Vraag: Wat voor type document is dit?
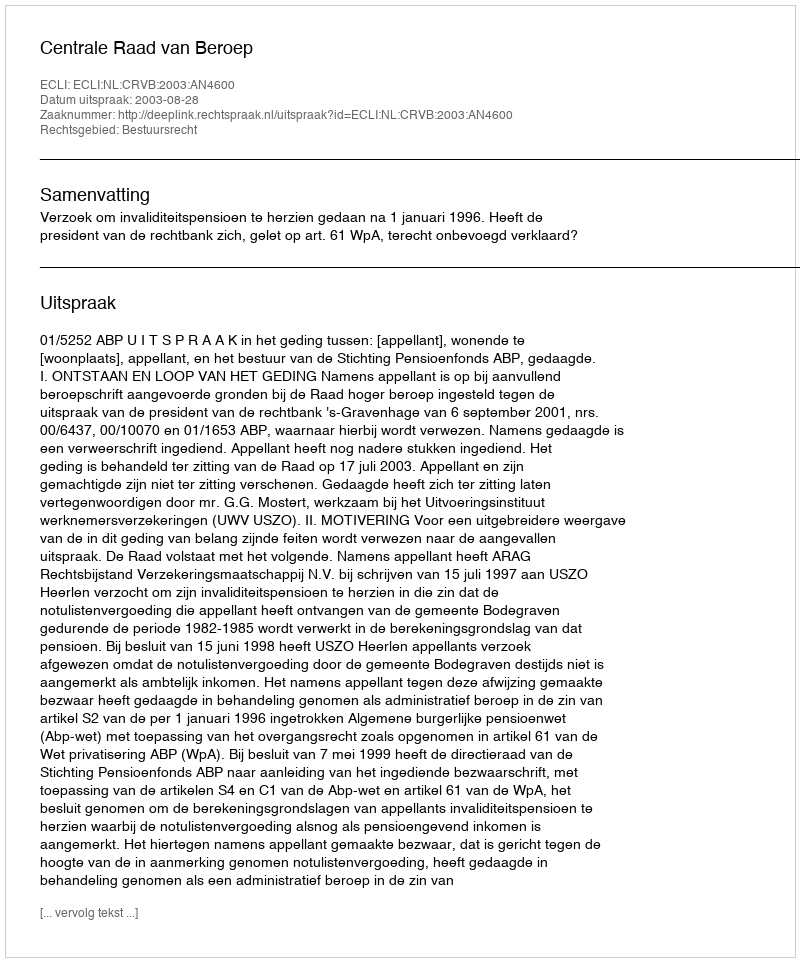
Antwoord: Uitspraak